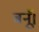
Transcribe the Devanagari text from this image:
बनूँ।